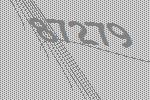
87279